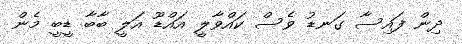
ދިން ފައިސާ ގަނޑު ވެސް ކައްވާލީ އައްޑޫ އަލީ ބާބާ ޑީބީ މެން